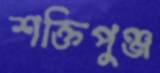
শক্তিপুঞ্জ